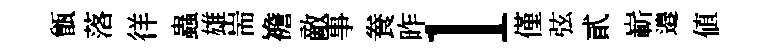
甑落徉蟲雄耑襜敵事飬昨l僅弦貳嶄邉值